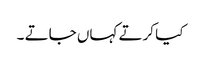
کیا کرتے کہاں جاتے ۔